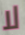
لا